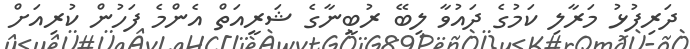
ދަރިފުޅު މަރާލި ކަމުގެ ދައުވާ ލިބޭ ރުބީނާގެ ޝަރީއަތް އެންމެ ފަހުން ކުރިއަށް